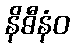
နိဓီနံဝ